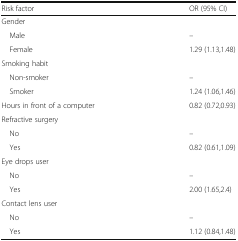
<table><thead><tr><td><b>Risk factor</b></td><td><b>OR (95% CI)</b></td></tr></thead><tbody><tr><td>Gender</td><td></td></tr><tr><td> Male</td><td>–</td></tr><tr><td> Female</td><td>1.29 (1.13,1.48)</td></tr><tr><td>Smoking habit</td><td></td></tr><tr><td> Non-smoker</td><td>–</td></tr><tr><td> Smoker</td><td>1.24 (1.06,1.46)</td></tr><tr><td>Hours in front of a computer</td><td>0.82 (0.72,0.93)</td></tr><tr><td>Refractive surgery</td><td></td></tr><tr><td> No</td><td>–</td></tr><tr><td> Yes</td><td>0.82 (0.61,1.09)</td></tr><tr><td>Eye drops user</td><td></td></tr><tr><td> No</td><td>–</td></tr><tr><td> Yes</td><td>2.00 (1.65,2.4)</td></tr><tr><td>Contact lens user</td><td></td></tr><tr><td> No</td><td>–</td></tr><tr><td> Yes</td><td>1.12 (0.84,1.48)</td></tr></tbody></table>